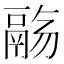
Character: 𱆌